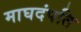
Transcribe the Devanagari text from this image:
माघदंपति